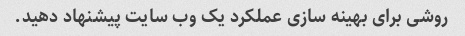
روشی برای بهینه سازی عملکرد یک وب سایت پیشنهاد دهید.